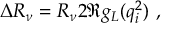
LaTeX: \Delta R _ { \nu } = R _ { \nu } 2 \Re { g _ { L } ( q _ { i } ^ { 2 } ) } ~ ,